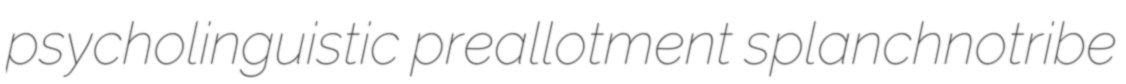
psycholinguistic preallotment splanchnotribe